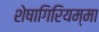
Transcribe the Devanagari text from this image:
शेषागिरियम्मा